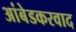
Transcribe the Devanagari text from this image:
अांबेडकरवाद